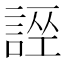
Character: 𧩄